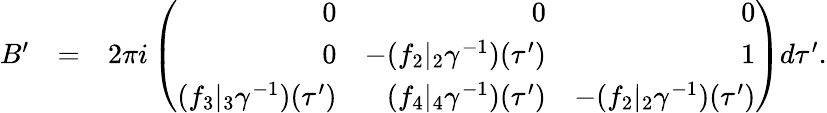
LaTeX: \begin{array}{rlr}{B^{\prime}}&{=}&{2\pi i\left(\begin{array}{rrr}{0}&{0}&{0}\\ {0}&{-(f_{2}|_{2}\gamma^{-1})(\tau^{\prime})}&{1}\\ {(f_{3}|_{3}\gamma^{-1})(\tau^{\prime})}&{(f_{4}|_{4}\gamma^{-1})(\tau^{\prime})}&{-(f_{2}|_{2}\gamma^{-1})(\tau^{\prime})}\end{array}\right)d\tau^{\prime}.}\end{array}